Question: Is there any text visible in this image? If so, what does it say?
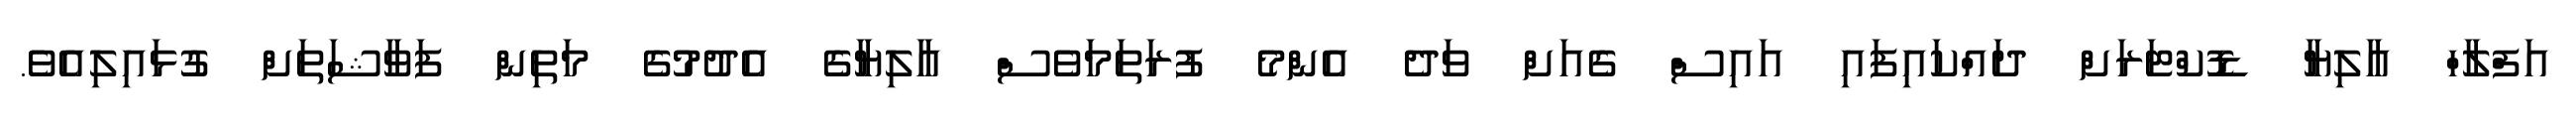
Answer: އަފްލާހް އާލިޔާ ޑޮކްޓަރަށް ދައްކައިފައި އައިސް ގެއަށް ވަދެ އެންމެ ފުރަތަމަވެސް އާލިޔާގެ އެދުމުގެ މަތިން ފަވާޝަތަށް ގުޅައިލިއެވެ.